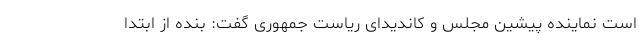
است نماینده پیشین مجلس و کاندیدای ریاست جمهوری گفت: بنده از ابتدا